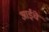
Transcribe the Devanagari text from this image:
आईंचे